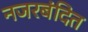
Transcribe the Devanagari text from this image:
नजरबंदित